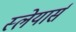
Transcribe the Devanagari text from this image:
स्लेयार्स